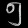
Digit: ၅